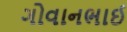
ગોવાનભાઈ